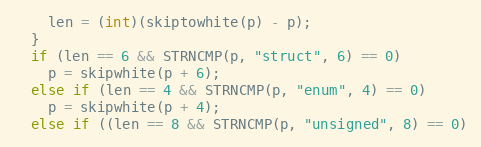
Language: C
    len = (int)(skiptowhite(p) - p);
  }
  if (len == 6 && STRNCMP(p, "struct", 6) == 0)
    p = skipwhite(p + 6);
  else if (len == 4 && STRNCMP(p, "enum", 4) == 0)
    p = skipwhite(p + 4);
  else if ((len == 8 && STRNCMP(p, "unsigned", 8) == 0)